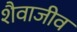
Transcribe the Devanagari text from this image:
शैवाजीव